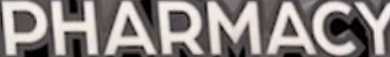
PHARMACY